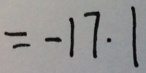
= - 1 7 . 1